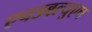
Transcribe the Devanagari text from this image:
एचडबल्युएच